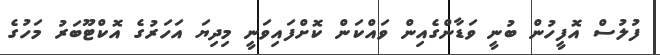
ފުލުސް އޮފީހުން ބުނީ ވަޑާންގެއިން ވައްކަން ކޮށްފައިވަނީ މިދިޔަ އަހަރުގެ އޮކްޓޫބަރު މަހުގެ